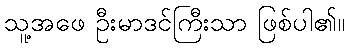
သူ့အဖေ ဦးမာဒင်ကြီးသာ ဖြစ်ပါ၏။